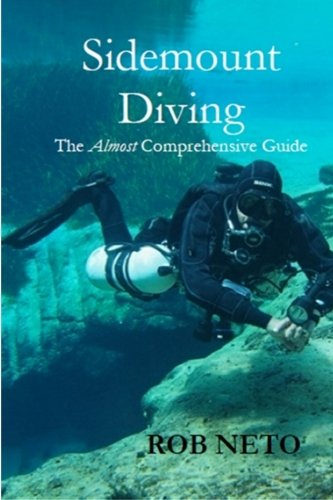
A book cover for Sidemount Diving: The Almost Comprehensive Guide; Rob Neto; Sports & Outdoors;